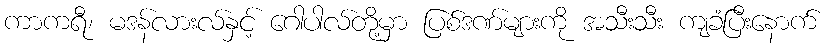
ကာကရီ၊ မဒန်လားလ်နှင့် ဂေါပါလ်တို့မှာ ပြစ်ဒဏ်များကို အသီးသီး ကျခံပြီးနောက်